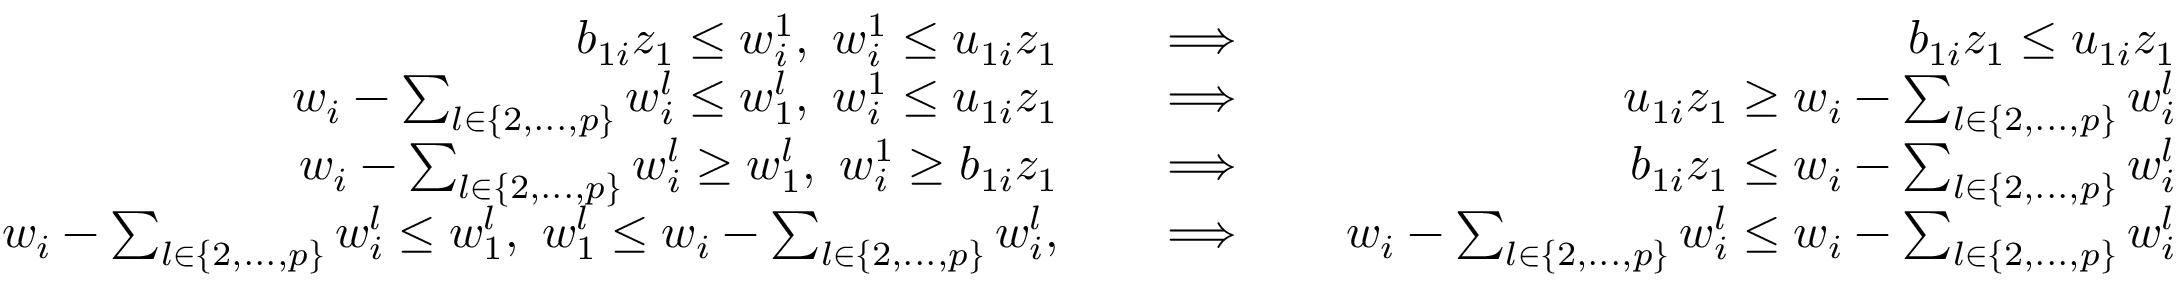
\begin{array} { r l r l r l r } & { } & { b _ { 1 i } z _ { 1 } \leq w _ { i } ^ { 1 } , ~ w _ { i } ^ { 1 } \leq u _ { 1 i } z _ { 1 } } & { } & { \implies } & { } & { b _ { 1 i } z _ { 1 } \leq u _ { 1 i } z _ { 1 } } \\ & { } & { w _ { i } - \sum _ { l \in \{ 2 , . . . , p \} } w _ { i } ^ { l } \leq w _ { 1 } ^ { l } , ~ w _ { i } ^ { 1 } \leq u _ { 1 i } z _ { 1 } } & { } & { \implies } & { } & { u _ { 1 i } z _ { 1 } \geq w _ { i } - \sum _ { l \in \{ 2 , . . . , p \} } w _ { i } ^ { l } } \\ & { } & { w _ { i } - \sum _ { l \in \{ 2 , . . . , p \} } w _ { i } ^ { l } \geq w _ { 1 } ^ { l } , ~ w _ { i } ^ { 1 } \geq b _ { 1 i } z _ { 1 } } & { } & { \implies } & { } & { b _ { 1 i } z _ { 1 } \leq w _ { i } - \sum _ { l \in \{ 2 , . . . , p \} } w _ { i } ^ { l } } \\ & { } & { w _ { i } - \sum _ { l \in \{ 2 , . . . , p \} } w _ { i } ^ { l } \leq w _ { 1 } ^ { l } , ~ w _ { 1 } ^ { l } \leq w _ { i } - \sum _ { l \in \{ 2 , . . . , p \} } w _ { i } ^ { l } , } & { } & { \implies } & { } & { w _ { i } - \sum _ { l \in \{ 2 , . . . , p \} } w _ { i } ^ { l } \leq w _ { i } - \sum _ { l \in \{ 2 , . . . , p \} } w _ { i } ^ { l } } \end{array}